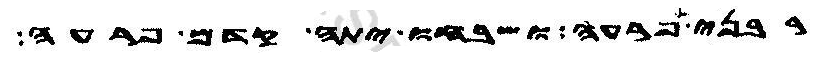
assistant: רבני פרעה ושבחו יתה קדם פרעה